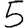
Digit: 5